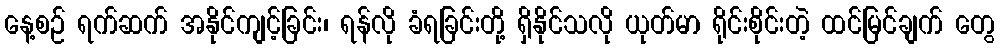
နေ့စဉ် ရက်ဆက် အနိုင်ကျင့်ခြင်း၊ ရန်လို ခံရခြင်းတို့ ရှိနိုင်သလို ယုတ်မာ ရိုင်းစိုင်းတဲ့ ထင်မြင်ချက် တွေ